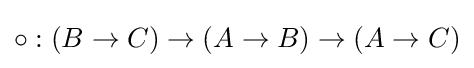
\circ :(B\rightarrow C)\rightarrow (A\rightarrow B)\rightarrow (A\rightarrow C)